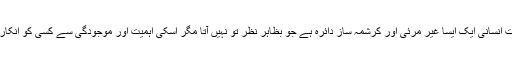
جہانزیب کاکڑ ذاتِ انسانی ایک ایسا غیر مرئی اور کرشمہ ساز دائرہ ہے جو بظاہر نظر تو نہیں آتا مگر اسکی اہمیت اور موجودگی سے کسی کو انکار بھی نہیں ہوسکتا۔